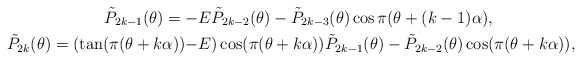
\begin{align*} \begin{aligned}\tilde{P}_{2 k-1}(\theta) =-&E \tilde{P}_{2 k-2}(\theta)-\tilde{P}_{2 k-3}(\theta)\cos\pi(\theta+(k-1 )\alpha), \\\tilde{P}_{2 k}(\theta) =(\tan(\pi(\theta+k \alpha))-&E)\cos(\pi(\theta+k \alpha))\tilde{P}_{2 k-1}(\theta)-\tilde{P}_{2 k-2}(\theta)\cos(\pi(\theta+k \alpha)),\end{aligned} \end{align*}